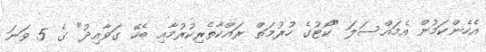
އެހެންކަމުން އެމައްސަލަ "ކޯޓުގެ ހުރުމަތް ރައްކާތެރިކުރުމާއި ބެހޭ ގަވާއިދު" ގެ 5 ވަނަ